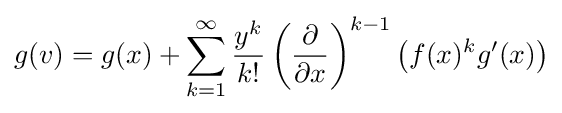
g(v)=g(x)+\sum _{k=1}^{\infty }{\frac {y^{k}}{k!}}\left({\frac {\partial }{\partial x}}\right)^{k-1}\left(f(x)^{k}g'(x)\right)